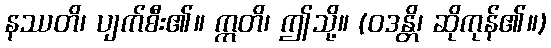
နဿတိ၊ ပျက်စီး၏။ ဣတိ၊ ဤသို့။ (ဝဒန္တိ၊ ဆိုကုန်၏။)